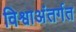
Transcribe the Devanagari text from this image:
विश्वाअंतर्गत